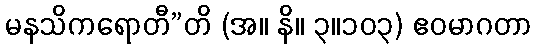
မနသိကရောတီ”တိ (အ။ နိ။ ၃။၁၀၃) ဧဝမာဂတာ